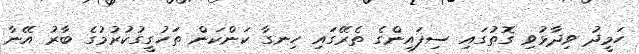
ހަމީދު ވިދާޅުވި ގޮތުގައި ސިފައިންގެ ތެރޭގައި ހިނގާ ކަންކަން ތަހުގީގުކުރުމުގެ ބާރު އޭނާ